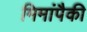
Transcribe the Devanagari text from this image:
मिमांपैकी